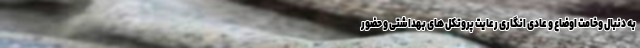
به دنبال وخامت اوضاع و عادی انگاری رعایت پروتکل های بهداشتی و حضور